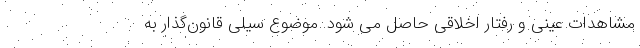
مشاهدات عینی و رفتار اخلاقی حاصل می شود. موضوع سیلیِ قانون‌گذار به